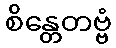
စိန္တေတဗ္ဗံ